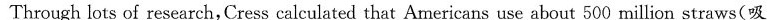
Through lots of research,Cress calculated that Americans use about 500 million straws(吸